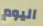
اليوم